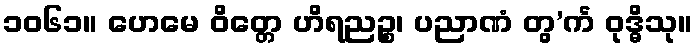
၁၀၆၁။ ဟေမေ ဝိတ္တေ ဟိရညဉ္စ၊ ပညာဏံ တွ’င်္က ဝုဒ္ဓိသု။